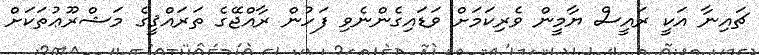
ޗައިނާ އަކީ ރައީސް ޔާމީން ވެރިކަމަށް ވަޑައިގެންނެވި ފަހުން ރާއްޖޭގެ ތަރައްޤީގެ މަޝްރޫޢުތަކަށް